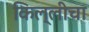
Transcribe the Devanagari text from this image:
किल्लीचा